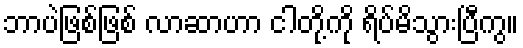
ဘာပဲဖြစ်ဖြစ် လာဆာဟာ ငါတို့ကို ရိပ်မိသွားပြီကွ။